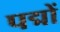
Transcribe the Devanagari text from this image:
पद्मों